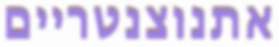
אתנוצנטריים